Burma Government Medical School reports 1907-22
Year: 1907
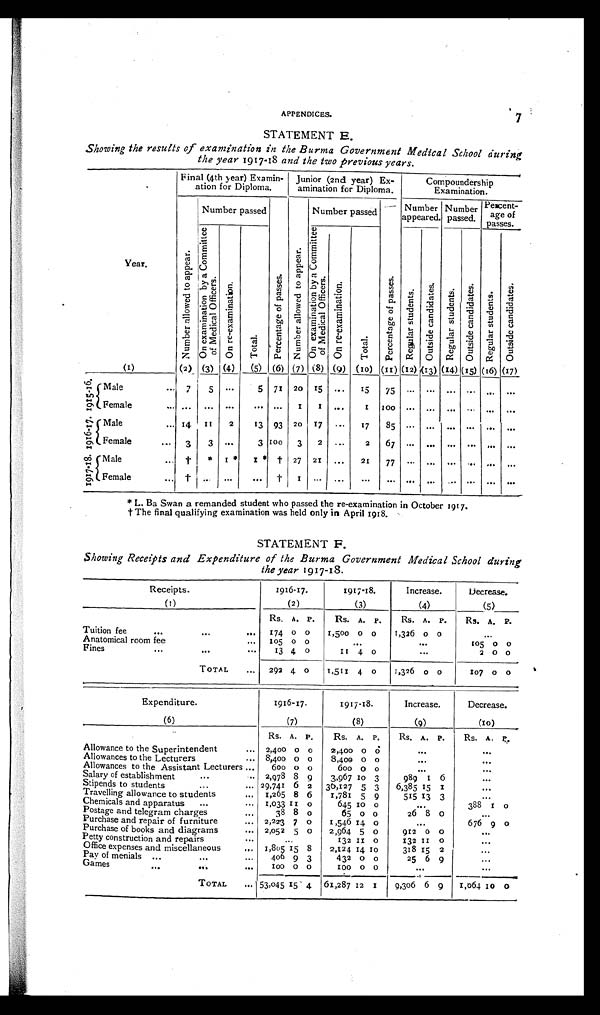
APPENDICES.
7
STATEMENT E.
Showing the results of examination in the Burma Government Medical School during
the year 1917-18 and the two previous years.
Final (4th year) Examin-
ation for Diploma.
Junior (2nd year) Ex-
amination for Diploma.
Compoundership
Examination.
Number passed
Number passed
Number
appeared.
Number
passed.
Percent-
age of
passes.
Year.
N u m b e r a l l o w e d t o a p p e a r .
O n e x a m i n a t i o n b y a c o m m i t t e e o f M e d i c a l O f f i c e r s .
O n r e - e x a m i n a t i o n .
T o t a l .
P e r c e n t a g e o f p a s s e s .
N u m b e r a l l o w e d t o a p p e a r .
O n e x a m i n a t i o n b y a C o m i t t e e o f m e d i c a l o f f i c e r s .
O n r e - e x a m i n a t i o n .
Total.
P e r c e n t a g e o f p a s s e s .
R e g u l a r s t u d e n t s .
O u t s i d e c a n d i d a t e s .
R e g u l a r s t u d e n t s .
O u t s i d e c a n d i d a t e s .
R e g u l a r s t u d e n t e s . O u t s i d e c a n d i d a t e s .
(1)
(2) (3) (4)
(5) (6) (7) (8) (9) (10) (11) (12) (13) (14) (15) (16) (17)
1 9 1 5 - 1 6 .
Male
... 7
,
5
...
5 71 20 15
...
15
75
. .
. . .
. . .
. .
...
Female
. . .
. . .
I
I
...
I
100
. . . ...
...
1 9 1 6 - 1 7 .
Male
... 14
I1
2
13 93 20
1 7 ...
17 85
Female
...
3
3 ..
3 100
3
2
...
2
67 ...
...
.
...
..
...
1 9 1 7 - 1 8
Male...
†
* I*
I*
†
27 21
...
21
77
...
. . .
. . . .. .
...
Female
...
† ... ...
..
†
I
...
* L. Ba Swan a remanded student who passed the re-examination in October 1917.
t The final qualifying examination was held only in April 1918.
STATEMENT F.
Showing Receipts and Expenditure of the Burma Government Medical School during
the year 1917-18.
Receipts.
1916-17.
1917-18.
Increase.
Decrease.
(1)
(2)
(3)
(4)
(5)
RS. A. P.
Rs. A. P.
Rs. A. P.
Rs. A. P.
Tuition fee
. . .
. . .
. . . 174 0 0
1,500 0 0
1,326 o o
Anatomical room fee
...
105 0 0
. . .
. . .
1 0 5 0 0
Fines
. . .
. . .
13 4 0
1 1 4 o
2 0 0
TOTAL ...
292 4. o
1,511 4 o
1,326 o
_
o
107 0 0
..
Expenditure.
1916-17.
1917-18.
Increase.
Decrease.
(6)
(7)
(8)
(9)
(10)
Rs. A. P.
Rs. A. P.
Rs. A. P.
Rs. A. P .
Allowance to the Superintendent
... 2,400 0 0
2,400 0 0
. . .
. . .
Allowances to the Lecturers
... 8,400 0 0
8,400 0 0
. . .
1.0
Allowances to the Assistant Lecturers ...
600 o o
600 0 0
...
. . .
Salary of establishment
. . .
. . 2,978
8 9
3,967 10 3
989 1 6
I
. . . .
Stipends to students
...
. . . 29,741 6 2
30,127 5 3
6,385 15
. . .
Travelling allowance to students
„,
1,265 8 6
1,781 5 9
515 13 3
Chemicals and apparatus
...
... 1,033 1 1 0
645 10
. . .
388 I o
Postage and telegram charges
...
38 8 0
65 0 0
26 8 0
. . .
Purchase and repair of furniture
... 2,22'3 7 0
1,546 14 0
. . .
676 9 0
Purchase of books and diagrams
. . . 2,052 5 0
2,964 5 0
912 0 0
. . .
Petty construction and repairs
. .
...
132 II o
132 I I 0
. . .
Office expenses and miscellaneous
... 1,805 15 8
2,124 14 10
318 15 2
0.4
Pay of menials ...
. . .
406 9 3 I432 0 0
25 6 9
...
Games...
100 0 0
I00 0 0
. . .
. . .
.......--. -....-...
TOTAL ... 153,4045
15. 4
61,287 12 I
9,3o6 6 9
1,064 Jo 0